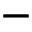
-